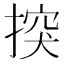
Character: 揬